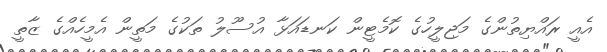
އެއީ ރައްޔިތުންގެ މަޖިލީހުގެ ކޮމެޓީން ކަނޑައަޅާ އުސޫލު ތަކުގެ މަތީން އެމީހެއްގެ ޒާތީ